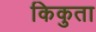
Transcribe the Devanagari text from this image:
किकुता